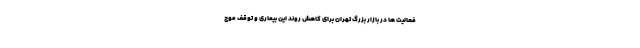
فعالیت ها در بازار بزرگ تهران برای کاهش روند این بیماری و توقف موج